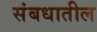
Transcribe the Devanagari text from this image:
संबधातील